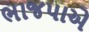
ભાજપાએ